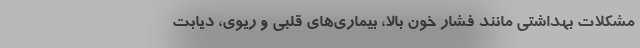
مشکلات بهداشتی مانند فشار خون بالا، بیماری‌های قلبی و ریوی، دیابت